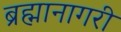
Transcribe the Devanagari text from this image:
ब्रह्मानागरी